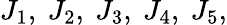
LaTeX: J_{1},~J_{2},~J_{3},~J_{4},~J_{5},